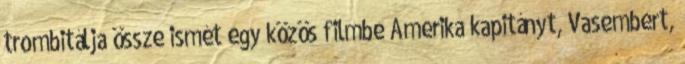
trombitálja össze ismét egy közös filmbe Amerika kapitányt, Vasembert,